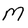
Character: M